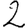
Digit: 2